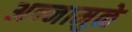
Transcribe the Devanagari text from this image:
अन्नामुळे